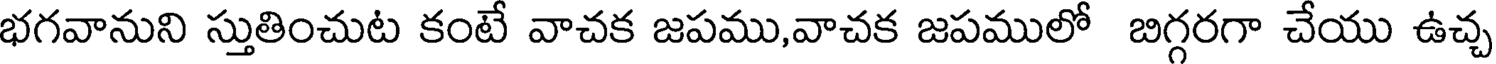
భగవానుని స్తుతించుట కంటే వాచక జపము,వాచక జపములో బిగ్గరగా చేయు ఉచ్చ